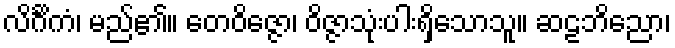
လိင်္ဂိကံ၊ မည်၏။ တေဝိဇ္ဇော၊ ဝိဇ္ဇာသုံးပါးရှိသောသူ။ ဆဠဘိညော၊